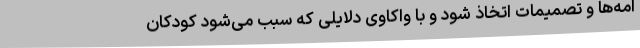
امه‌ها و تصمیمات اتخاذ شود و با واکاوی دلایلی که سبب می‌شود کودکان